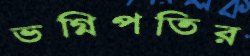
ভগ্নিপতির